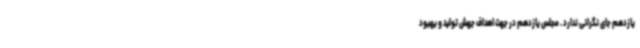
یازدهم جای نگرانی ندارد . مجلس یازدهم در جهت اهداف جهش تولید و بهبود